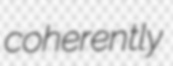
coherently